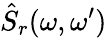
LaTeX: \hat{S}_{r}(\omega,\omega^{\prime})